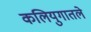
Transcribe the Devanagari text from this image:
कलियुगातले